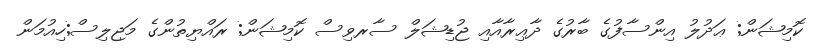
ކޮމިޝަން; ޢަދުލު އިންސާފުގެ ބާރުގެ ދާޢިރާއާއި ޖުޑިޝަލް ސާރވިސް ކޮމިޝަން; ރައްޔިތުންގެ މަޖިލިސް;ހިއުމަން